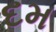
દમ